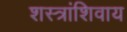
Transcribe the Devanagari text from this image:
शस्त्रांशिवाय